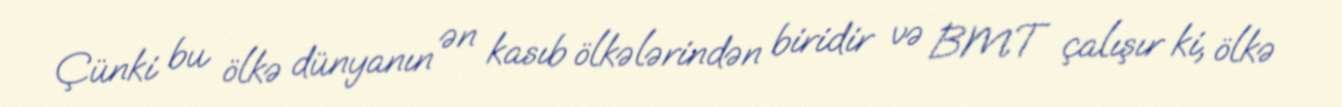
Çünki bu ölkə dünyanın ən kasıb ölkələrindən biridir və BMT çalışır ki, ölkə